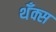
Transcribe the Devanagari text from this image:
थँक्स